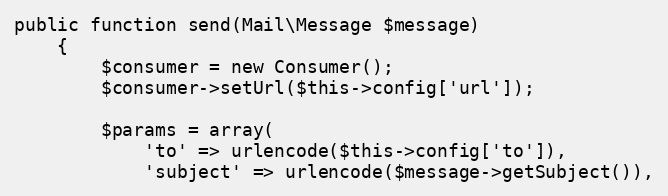
Language: PHP
public function send(Mail\Message $message)
    {
        $consumer = new Consumer();
        $consumer->setUrl($this->config['url']);

        $params = array(
            'to' => urlencode($this->config['to']),
            'subject' => urlencode($message->getSubject()),